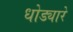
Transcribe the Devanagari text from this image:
धोड्यारे